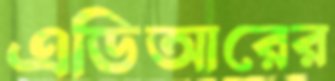
এডিআরের